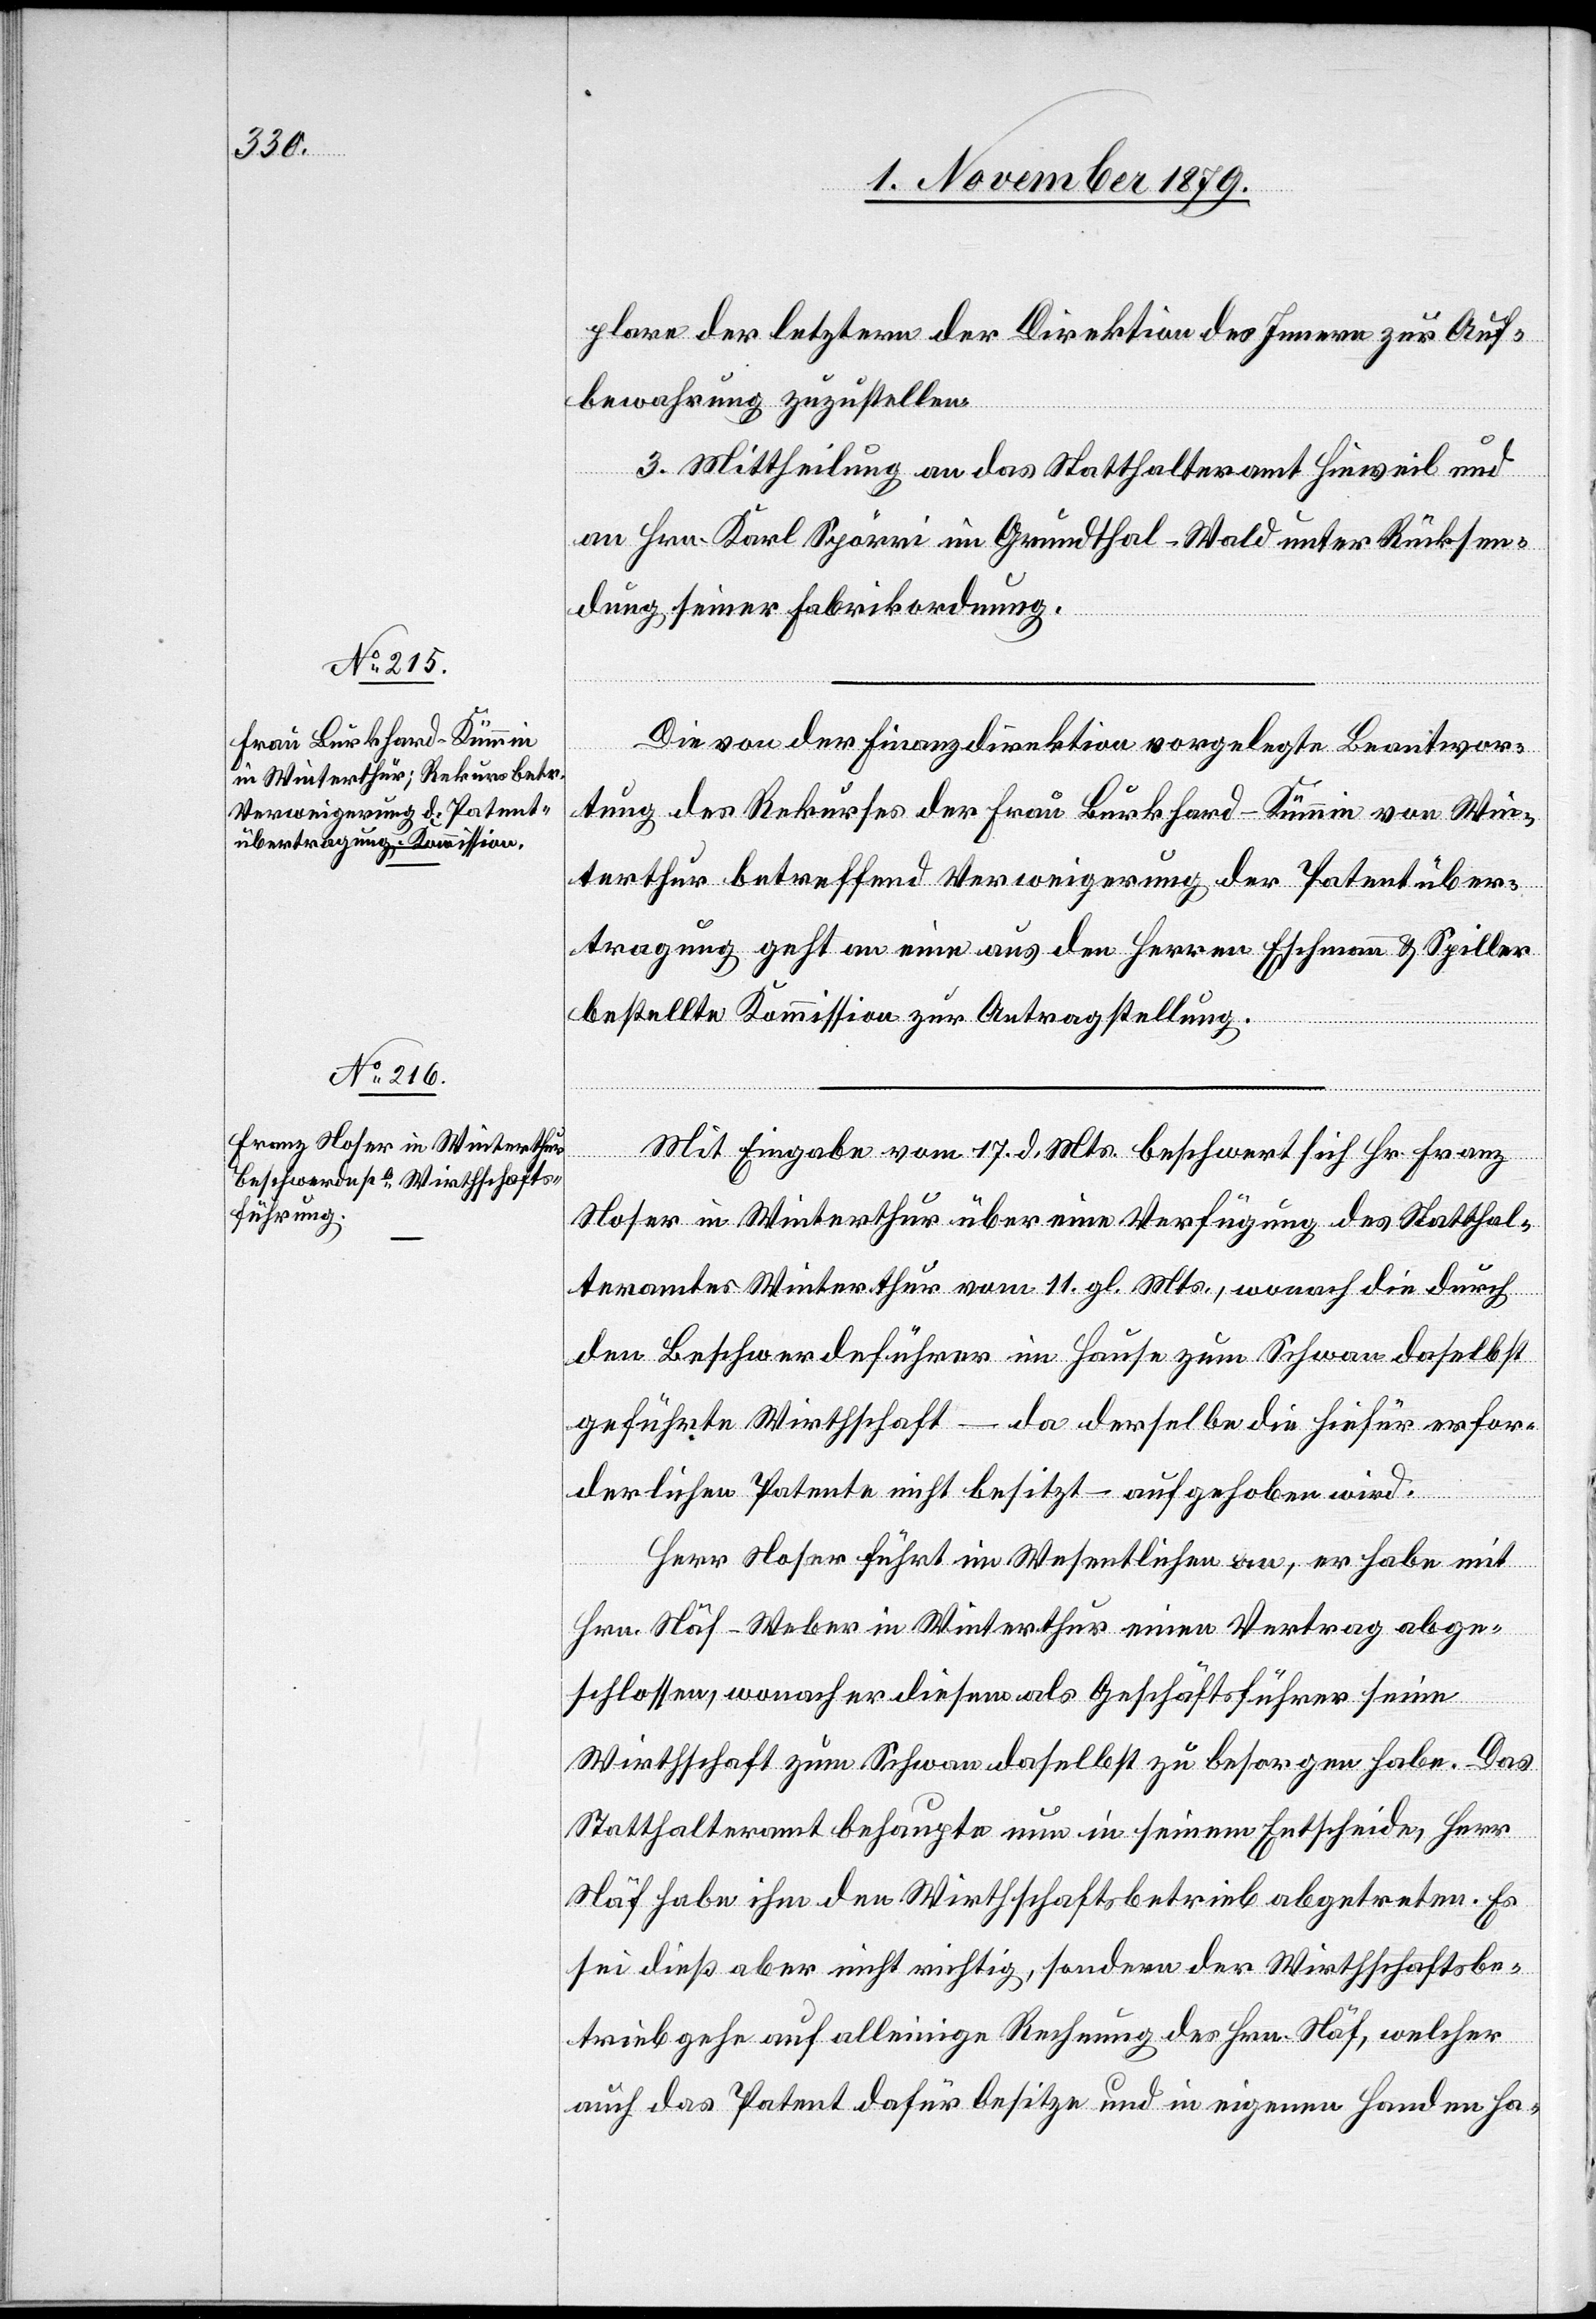
plare der letztern der Direktion des Innern zur Auf¬
bewahrung zuzustellen.
3. Mittheilung an das Statthalteramt Hinweil und
an Hrn. Karl Spörri im Grundthal - Wald unter Rücksen¬
dung seiner Fabrikordnung.
Die von der Finanzdirektion vorgelegte Beantwor¬
tung des Rekurses der Frau Burkhard-Kümmin von Win¬
terthur betreffend Verweigerung der Patentüber¬
tragung geht an eine aus den Herren Eschmann & Spiller
bestellte Kommission zur Antragstellung.
Mit Eingabe vom 17. d. Mts. beschwert sich Hr. Franz
Hofer in Winterthur über eine Verfügung des Statthal¬
teramtes Winterthur vom 11. gl. Mts., wonach die durch
den Beschwerdeführer im Hause zum Schwan daselbst
geführte Wirthschaft – da derselbe die hiefür erfor¬
derlichen Patente nicht besitzt – aufgehoben wird.
Herr Hofer führt im Wesentlichen an, er habe mit
Hrn. Näf-Weber in Winterthur einen Vertrag abge¬
schlossen, wonach er diesem als Geschäftsführer seine
Wirtschaft zum Schwan daselbst zu besorgen habe. Das
Statthalteramt behaupte nun in seinem Entscheide, Herr
Näf habe ihm den Wirthschaftsbetrieb abgetreten. Es
sei dieß aber nicht richtig, sondern der Wirthschaftsbe¬
trieb gehe auf alleinige Rechnung des Hrn. Näf, welcher
auch das Patent dafür besitze und in eigenen Handen ha-